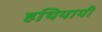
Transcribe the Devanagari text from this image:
हथियायी